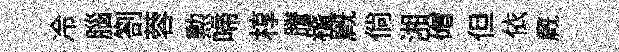
冷腦劄蓉勲啼椁謄稽廐倘湘磳但依廐